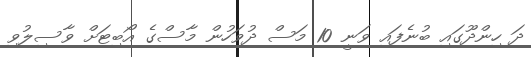
ދަ ހިންދޫގައި ބުނެފައި ވަނީ 10 މަސް ދުވަހުން މާސްގެ އޯބިޓަށް ވާސިލުވި